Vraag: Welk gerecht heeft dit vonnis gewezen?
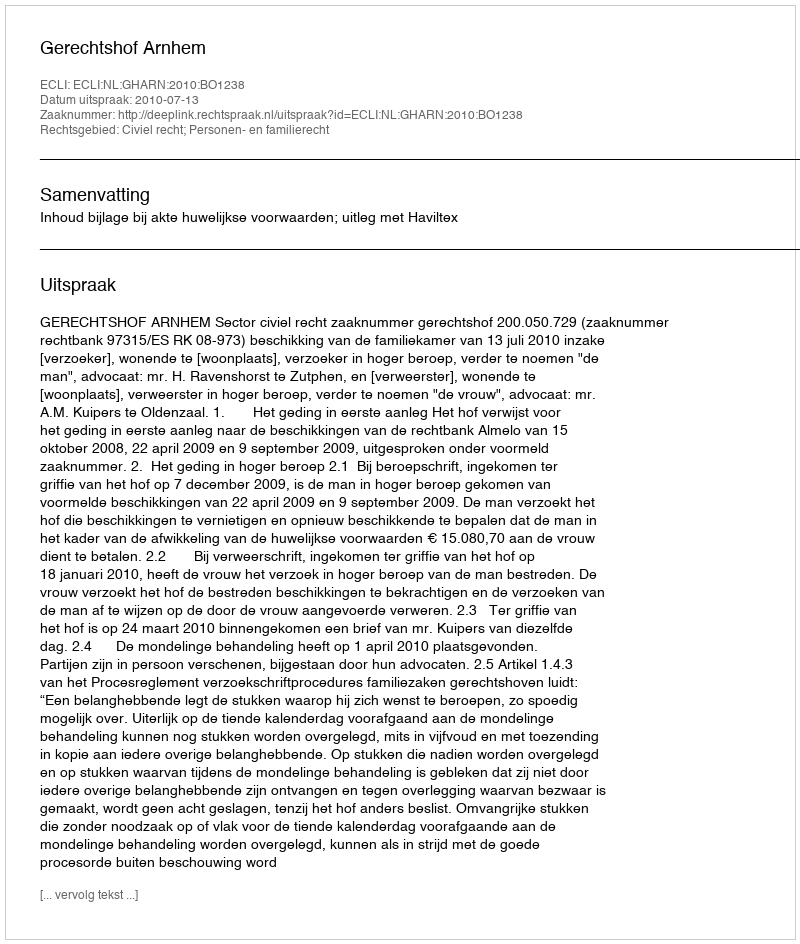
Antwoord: Gerechtshof Arnhem